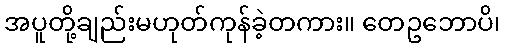
အပူတို့ချည်းမဟုတ်ကုန်ခဲ့တကား။ တေဥဘောပိ၊